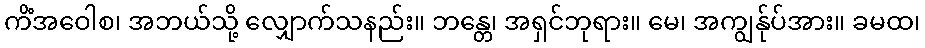
ကိံအဝေါစ၊ အဘယ်သို့ လျှောက်သနည်း။ ဘန္တေ၊ အရှင်ဘုရား။ မေ၊ အကျွန်ုပ်အား။ ခမထ၊